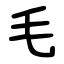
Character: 毛